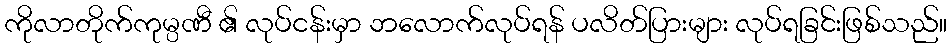
ကိုလာတိုက်ကုမ္ပဏီ ၏ လုပ်ငန်းမှာ ဘလောက်လုပ်ရန် ပလိတ်ပြားများ လုပ်ရခြင်းဖြစ်သည်။